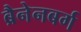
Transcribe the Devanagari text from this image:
ब्रैनेनबर्ग